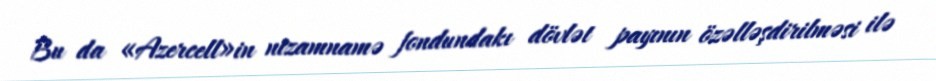
Bu da «Azercell»in nizamnamə fondundakı dövlət payının özəlləşdirilməsi ilə